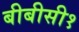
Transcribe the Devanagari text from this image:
बीबीसी१